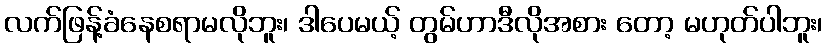
လက်ဖြန့်ခံနေစရာမလိုဘူး၊ ဒါပေမယ့် တွမ်ဟာဒီလိုအစား တော့ မဟုတ်ပါဘူး၊